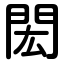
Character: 閎